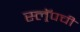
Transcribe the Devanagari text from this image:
स्ल्रॅपची